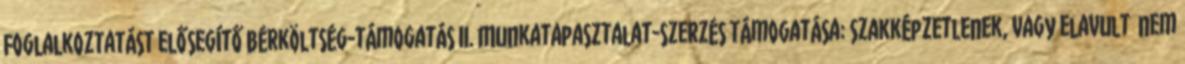
Foglalkoztatást elősegítő bérköltség-támogatás II. Munkatapasztalat-szerzés támogatása: szakképzetlenek, vagy elavult nem